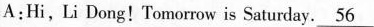
A:Hi,li Dong! Tomorrow is Saturday. \underline{56}